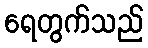
ရေတွက်သည်